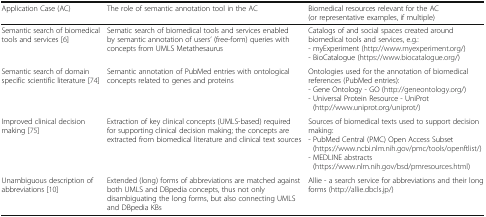
| Application Case (AC) | The role of semantic annotation tool in the AC | Biomedical resources relevant for the AC (or representative examples, if multiple) |
 | --- | --- | --- |
 | Semantic search of biomedical tools and services [6] | Sematic search of biomedical tools and services enabled by semantic annotation of users’ (free-form) queries with concepts from UMLS Metathesaurus | Catalogs of and social spaces created around biomedical tools and services, e.g.:- myExperiment (http://www.myexperiment.org/)- BioCatalogue (https://www.biocatalogue.org/) |
 | Semantic search of domain specific scientific literature [74] | Semantic annotation of PubMed entries with ontological concepts related to genes and proteins | Ontologies used for the annotation of biomedical references (PubMed entries):- Gene Ontology - GO (http://geneontology.org/)- Universal Protein Resource - UniProt (http://www.uniprot.org/uniprot/) |
 | Improved clinical decision making [75] | Extraction of key clinical concepts (UMLS-based) required for supporting clinical decision making; the concepts are extracted from biomedical literature and clinical text sources | Sources of biomedical texts used to support decision making:- PubMed Central (PMC) Open Access Subset (https://www.ncbi.nlm.nih.gov/pmc/tools/openftlist/)- MEDLINE abstracts (https://www.nlm.nih.gov/bsd/pmresources.html) |
 | Unambiguous description of abbreviations [10] | Extended (long) forms of abbreviations are matched against both UMLS and DBpedia concepts, thus not only disambiguating the long forms, but also connecting UMLS and DBpedia KBs | Allie - a search service for abbreviations and their long forms (http://allie.dbcls.jp/) |